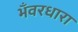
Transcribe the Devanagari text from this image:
भँवरधारा